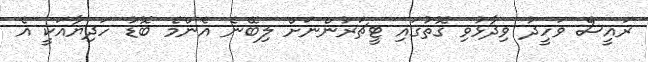
ރައީސް ވަހީދު ވިދާޅުވި ގޮތުގައި ޓީޗަރުންނަށް ލިބޭނެ އެންމެ ބޮޑު ހަދިޔާއަކީ އެ